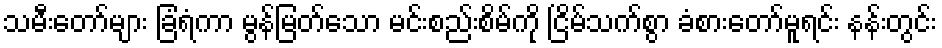
သမီးတော်များ ခြံရံကာ မွန်မြတ်သော မင်းစည်းစိမ်ကို ငြိမ်သက်စွာ ခံစားတော်မူရင်း နန်းတွင်း